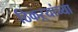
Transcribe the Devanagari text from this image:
ठिकऱ्यांच्या